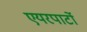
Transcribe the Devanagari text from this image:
एयरपार्टो